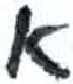
אות: א